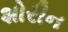
શોરીન